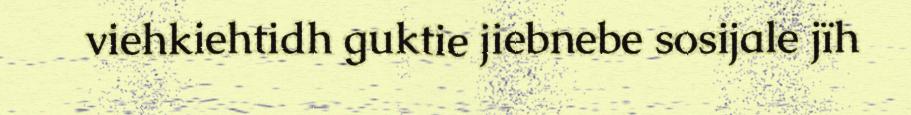
viehkiehtidh guktie jiebnebe sosijale jïh